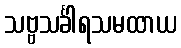
သဗ္ဗသင်္ခါရသမထာယ